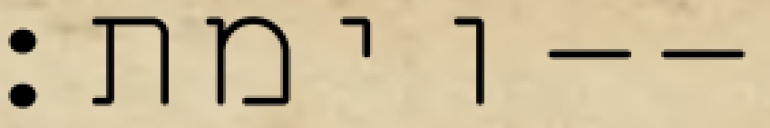
וימת׃--